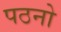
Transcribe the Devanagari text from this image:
पठनो